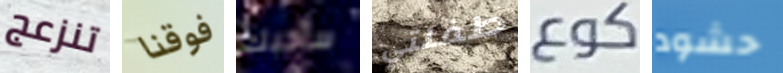
تنزعج فوقنا سأحبك طفلتي كوع حشود